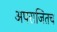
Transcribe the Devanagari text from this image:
अपराजितच